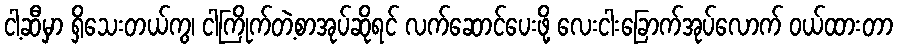
ငါ့ဆီမှာ ရှိသေးတယ်ကွ၊ ငါကြိုက်တဲ့စာအုပ်ဆိုရင် လက်ဆောင်ပေးဖို့ လေးငါးခြောက်အုပ်လောက် ဝယ်ထားတာ